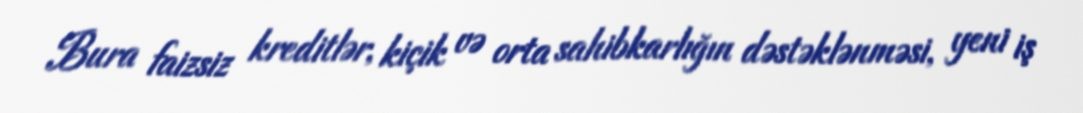
Bura faizsiz kreditlər, kiçik və orta sahibkarlığın dəstəklənməsi, yeni iş